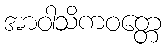
အာဝါသိကဝတ္တေ